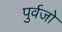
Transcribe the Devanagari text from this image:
पुर्वजो